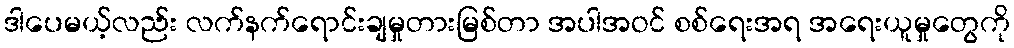
ဒါပေမယ့်လည်း လက်နက်ရောင်းချမှုတားမြစ်တာ အပါအဝင် စစ်ရေးအရ အရေးယူမှုတွေကို